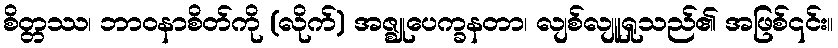
စိတ္တဿ၊ ဘာဝနာစိတ်ကို (လိုက်) အဇ္ဈုပေက္ခနတာ၊ လျစ်လျူရှုသည်၏ အဖြစ်၎င်း။